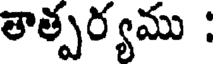
తాత్పర్యము :